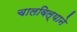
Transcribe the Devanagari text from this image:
चालविल्याने